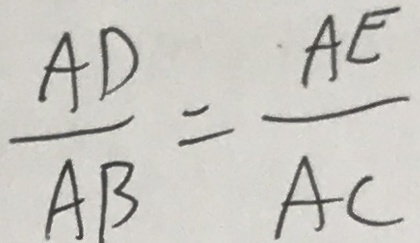
\frac { A D } { A B } = \frac { A E } { A C }